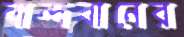
বান্দবানের